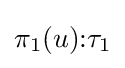
\pi _{1}(u){\mathbin {:}}\tau _{1}